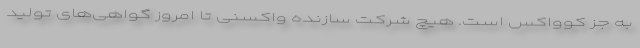
به جز کوواکس است. هیچ شرکت سازنده واکسنی تا امروز گواهی‌های تولید